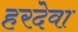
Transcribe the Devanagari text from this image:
हरदेवा